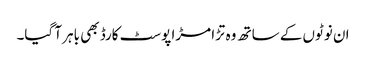
ان نوٹوں کے ساتھ وہ تڑا مڑا پوسٹ کارڈ بھی باہر آ گیا۔